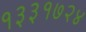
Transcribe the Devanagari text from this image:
१३३१७२४